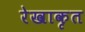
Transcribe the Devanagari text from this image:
रेखाकृत